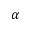
\alpha